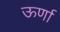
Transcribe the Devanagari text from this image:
ऊर्णा